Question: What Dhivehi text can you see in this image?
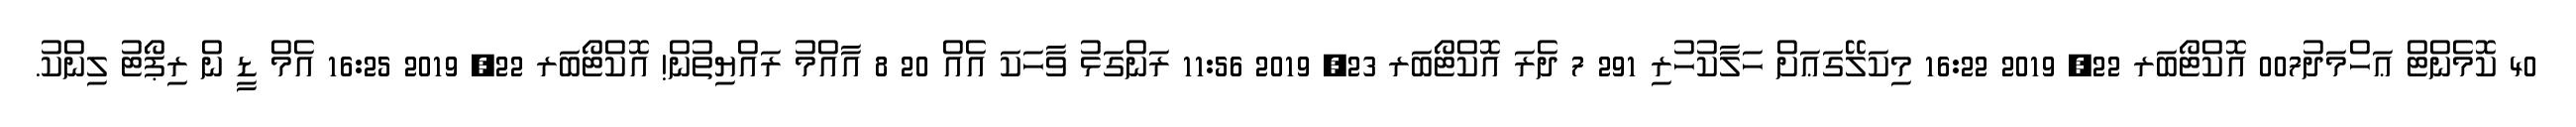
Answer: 40 ކޮމެންޓް ޢަހްމަދު007 އޮކްޓޯބަރ 22, 2019 16:22 މިކަލޭގަޢަށް ހަލާކުހުރި 291 7 ދެރަ އޮކްޓޯބަރ 23, 2019 11:56 ރަންގަޅު ވާހަކަ އެއް 20 8 އާއްމު ރައްޔިތުން! އޮކްޓޯބަރ 22, 2019 16:25 އެމް ޑީ ން ރިޕޯޓު ލިންކު.